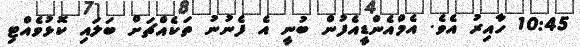
10:45 ހާއިރު އެވެ. އެމްއެންޑީއެފުން ބުނީ އެ ފެނުނު ތަކެއްޗަށް ބަލައި ކޮޅުވެއްޓި